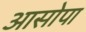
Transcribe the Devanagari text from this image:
आसोपा